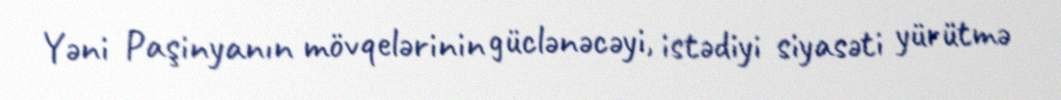
Yəni Paşinyanın mövqelərinin güclənəcəyi, istədiyi siyasəti yürütmə